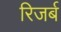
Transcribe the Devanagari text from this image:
रिजर्ब